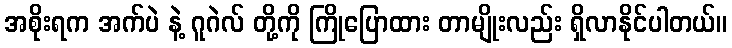
အစိုးရက အက်ပဲ နဲ့ ဂူဂဲလ် တို့ကို ကြိုပြောထား တာမျိုးလည်း ရှိလာနိုင်ပါတယ်။